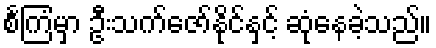
စင်္ကြံမှာ ဦးသက်ဇော်နိုင်နှင့် ဆုံနေခဲ့သည်။